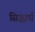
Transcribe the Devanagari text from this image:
सिद्धार्ध